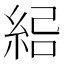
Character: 𰫣